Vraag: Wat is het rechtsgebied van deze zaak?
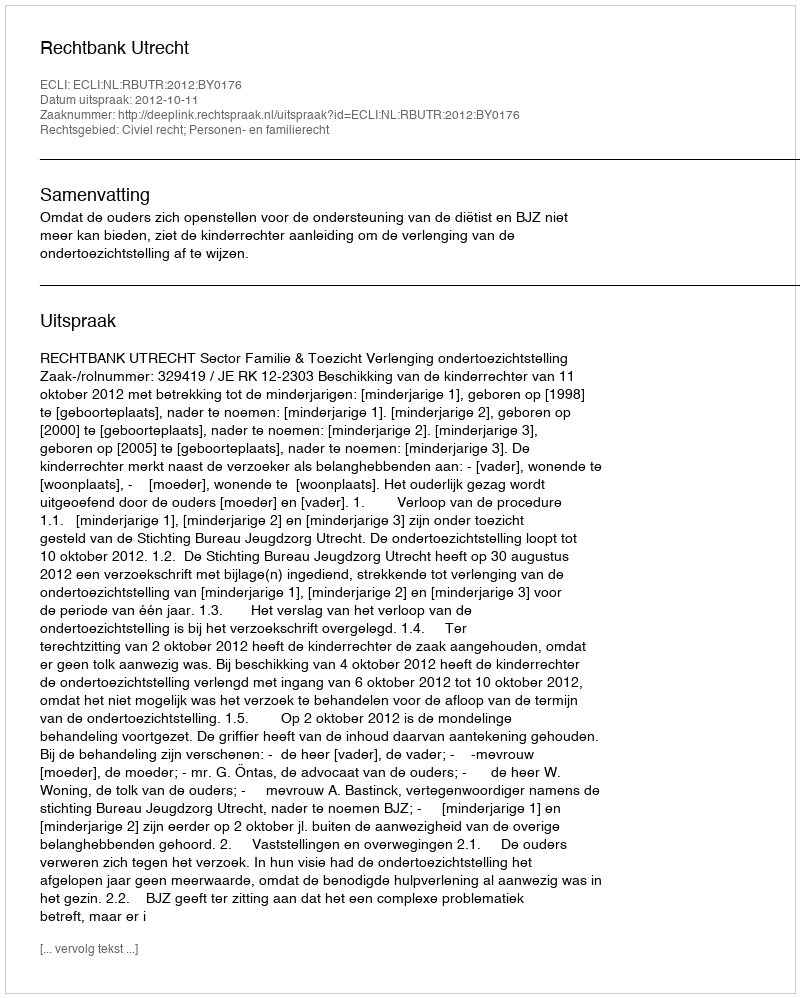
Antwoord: Civiel recht; Personen- en familierecht